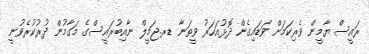
ރައީސް ޔާމީން ވެރިކަމަށް ވަޑައިގެން ދޮޅުއަހަރު ވީތަނާ ޑރ.ޖަމީލް ނާއިބުރައީސްގެ މަގާމުން ދުރުކުރެވުނީ